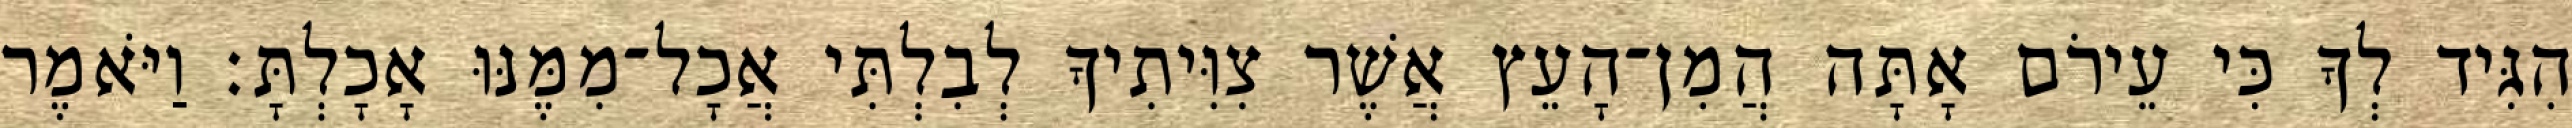
הִגִּיד לְךָ כִּי עֵירֹם אָתָּה הֲמִן־הָעֵץ אֲשֶׁר צִוִּיתִיךָ לְבִלְתִּי אֲכָל־מִמֶּנּוּ אָכָלְתָּ׃ וַיֹּאמֶר